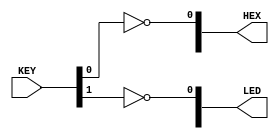
module showBirthDay(input [1:0] KEY, 
output [9:0] LED, 
output [47:0] HEX 
); 
genvar i;
generate 
		for (i=0; i<9; i=i+2)
		begin: gen 
		assign LED[i]=~KEY[1]; 
		end 
endgenerate 

genvar j;
generate 
		for (j=0; j<6; j=j+1) 
		begin: gen2 
			case(j)
			0: assign HEX[8*j+0] = ~KEY[0],
						 HEX[8*j+4] = ~KEY[0],
						 HEX[8*j+5] = ~KEY[0],
						 HEX[8*j+6] = ~KEY[0],
						 HEX[8*j+7] = ~KEY[0],
						 HEX[8*j+3] = ~KEY[0];
			
			1: assign HEX[8*j+6] = ~KEY[0],
						 HEX[8*j+7] = ~KEY[0];
			
			2: assign HEX[8*j+2] = ~KEY[0],
						 HEX[8*j+5] = ~KEY[0];
			
			3: assign HEX[8*j+6] = ~KEY[0],
						 HEX[8*j+7] = ~KEY[0];
			
			4: assign HEX[8*j+0] = ~KEY[0],
						 HEX[8*j+4] = ~KEY[0],
						 HEX[8*j+5] = ~KEY[0],
						 HEX[8*j+6] = ~KEY[0],
						 HEX[8*j+3] = ~KEY[0];
			
			5: assign HEX[8*j+6] = ~KEY[0],
						 HEX[8*j+7] = ~KEY[0];
			endcase 
		end 
endgenerate 
endmodule